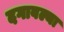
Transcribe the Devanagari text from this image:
दगावल्या